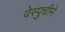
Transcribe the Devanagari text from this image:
वेस्पुचीने